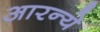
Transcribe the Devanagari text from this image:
आरन्ये